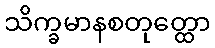
သိက္ခမာနစတုတ္ထော